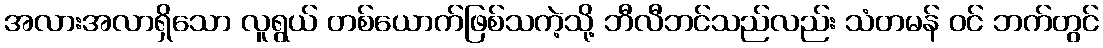
အလားအလာရှိသော လူရွယ် တစ်ယောက်ဖြစ်သကဲ့သို့ ဘီလီဘင်သည်လည်း သံတမန် ဝင် ဘက်တွင်